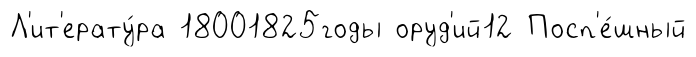
Л'ит'ерату́ра 18001825годы оруд'ий12 Посп'е́шный